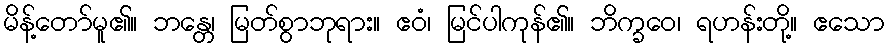
မိန့်တော်မူ၏။ ဘန္တေ၊ မြတ်စွာဘုရား။ ဧဝံ၊ မြင်ပါကုန်၏။ ဘိက္ခဝေ၊ ရဟန်းတို့။ ဧသော